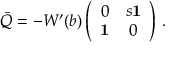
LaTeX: \bar { Q } = - W ^ { \prime } ( b ) \left( \begin{array} { c c } { { 0 } } & { { s { \bf 1 } } } \\ { { { \bf 1 } } } & { { 0 } } \end{array} \right) \, .